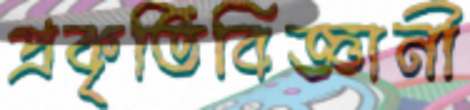
প্রকৃতিবিজ্ঞানী